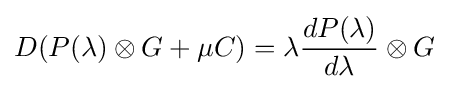
D(P(\lambda )\otimes G+\mu C)=\lambda {\frac {dP(\lambda )}{d\lambda }}\otimes G